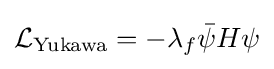
{\textstyle {\mathcal {L}}_{\mathrm {Yukawa} }=-\lambda _{f}{\bar {\psi }}H\psi }